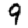
Digit: 9